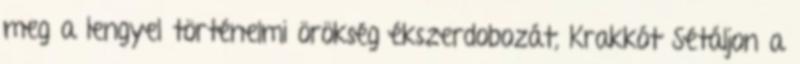
meg a lengyel történelmi örökség ékszerdobozát, Krakkót Sétáljon a